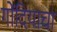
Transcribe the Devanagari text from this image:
गोंदियाचा